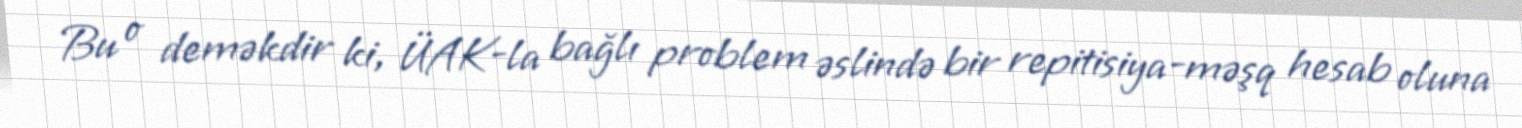
Bu o deməkdir ki, ÜAK-la bağlı problem əslində bir repitisiya-məşq hesab oluna